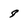
Character: 8